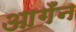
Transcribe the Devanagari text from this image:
आगँन